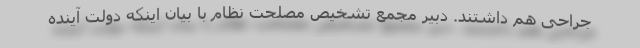
جراحی هم داشتند. دبیر مجمع تشخیص مصلحت نظام با بیان اینکه دولت آینده